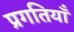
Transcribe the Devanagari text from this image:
प्रगतियाँ